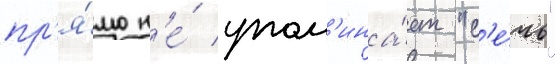
пр'я́мо н'е́ упом'ина́ет "с'е́чь"